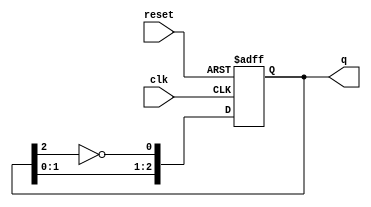
module johnson_counter #(parameter N = 3) (
    input wire clk,          // Clock input
    input wire reset,        // Asynchronous reset
    output reg [N-1:0] q     // Counter output
);

    // Sequential logic for the Johnson counter
    always @(posedge clk or posedge reset) begin
        if (reset) begin
            q <= 0;          // Initialize counter to 0 on reset
        end else begin
            // Shift the output and feedback the inverted last bit
            q <= {q[N-2:0], ~q[N-1]};
        end
    end

endmodule